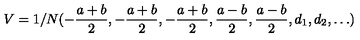
V = 1 / N ( - \frac { a + b } 2 , - \frac { a + b } 2 , - \frac { a + b } 2 , \frac { a - b } 2 , \frac { a - b } 2 , d _ { 1 } , d _ { 2 } , \dots )